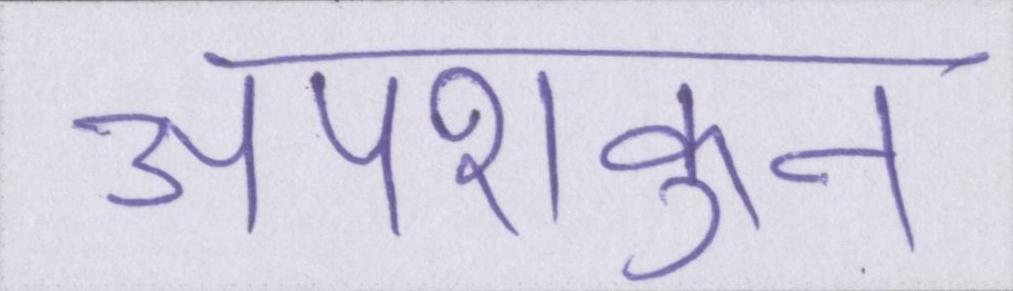
अपशकुन